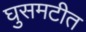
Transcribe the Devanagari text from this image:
घुसमटीत